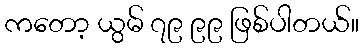
ကတော့ ယွမ် ၇၉ ၉၉ ဖြစ်ပါတယ်။